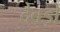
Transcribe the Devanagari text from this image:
देवड़ों